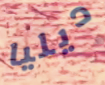
ديليا